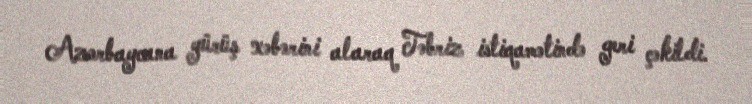
Azərbaycana yürüş xəbərini alaraq Təbriz istiqamətində geri çəkildi.